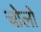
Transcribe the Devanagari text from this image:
चोलो